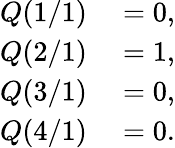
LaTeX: \begin{array}{rl}{Q(1/1)}&{{}=0,}\\ {Q(2/1)}&{{}=1,}\\ {Q(3/1)}&{{}=0,}\\ {Q(4/1)}&{{}=0.}\end{array}